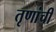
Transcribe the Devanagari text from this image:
तृणांची